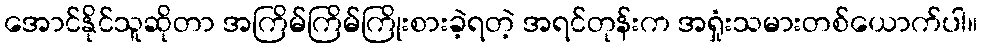
အောင်နိုင်သူဆိုတာ အကြိမ်ကြိမ်ကြိုးစားခဲ့ရတဲ့ အရင်တုန်းက အရှုံးသမားတစ်ယောက်ပါ။